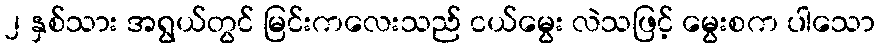
၂ နှစ်သား အရွယ်တွင် မြင်းကလေးသည် ငယ်မွေး လဲသဖြင့် မွေးစက ပါသော